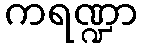
ကရဏ္ဍာ